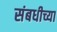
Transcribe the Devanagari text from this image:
संबधीच्या